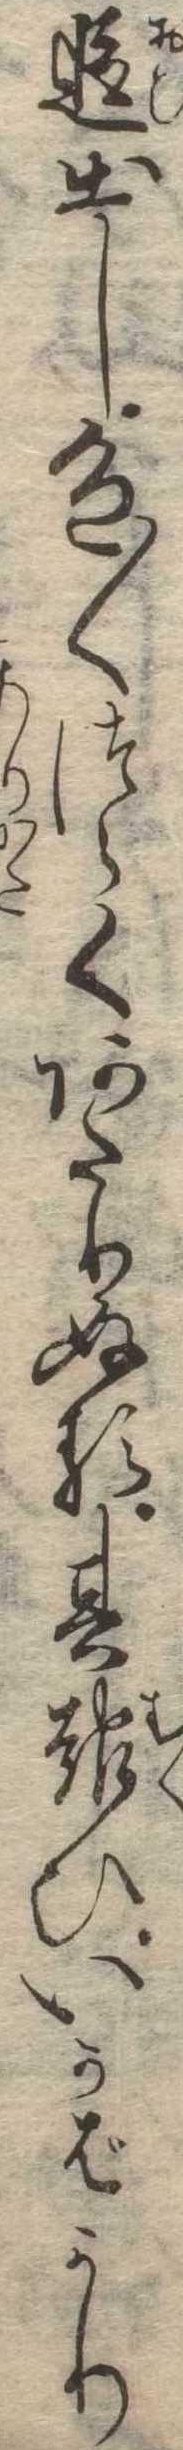
追出し色〱つらくあたりぬる其報ひいかばかり